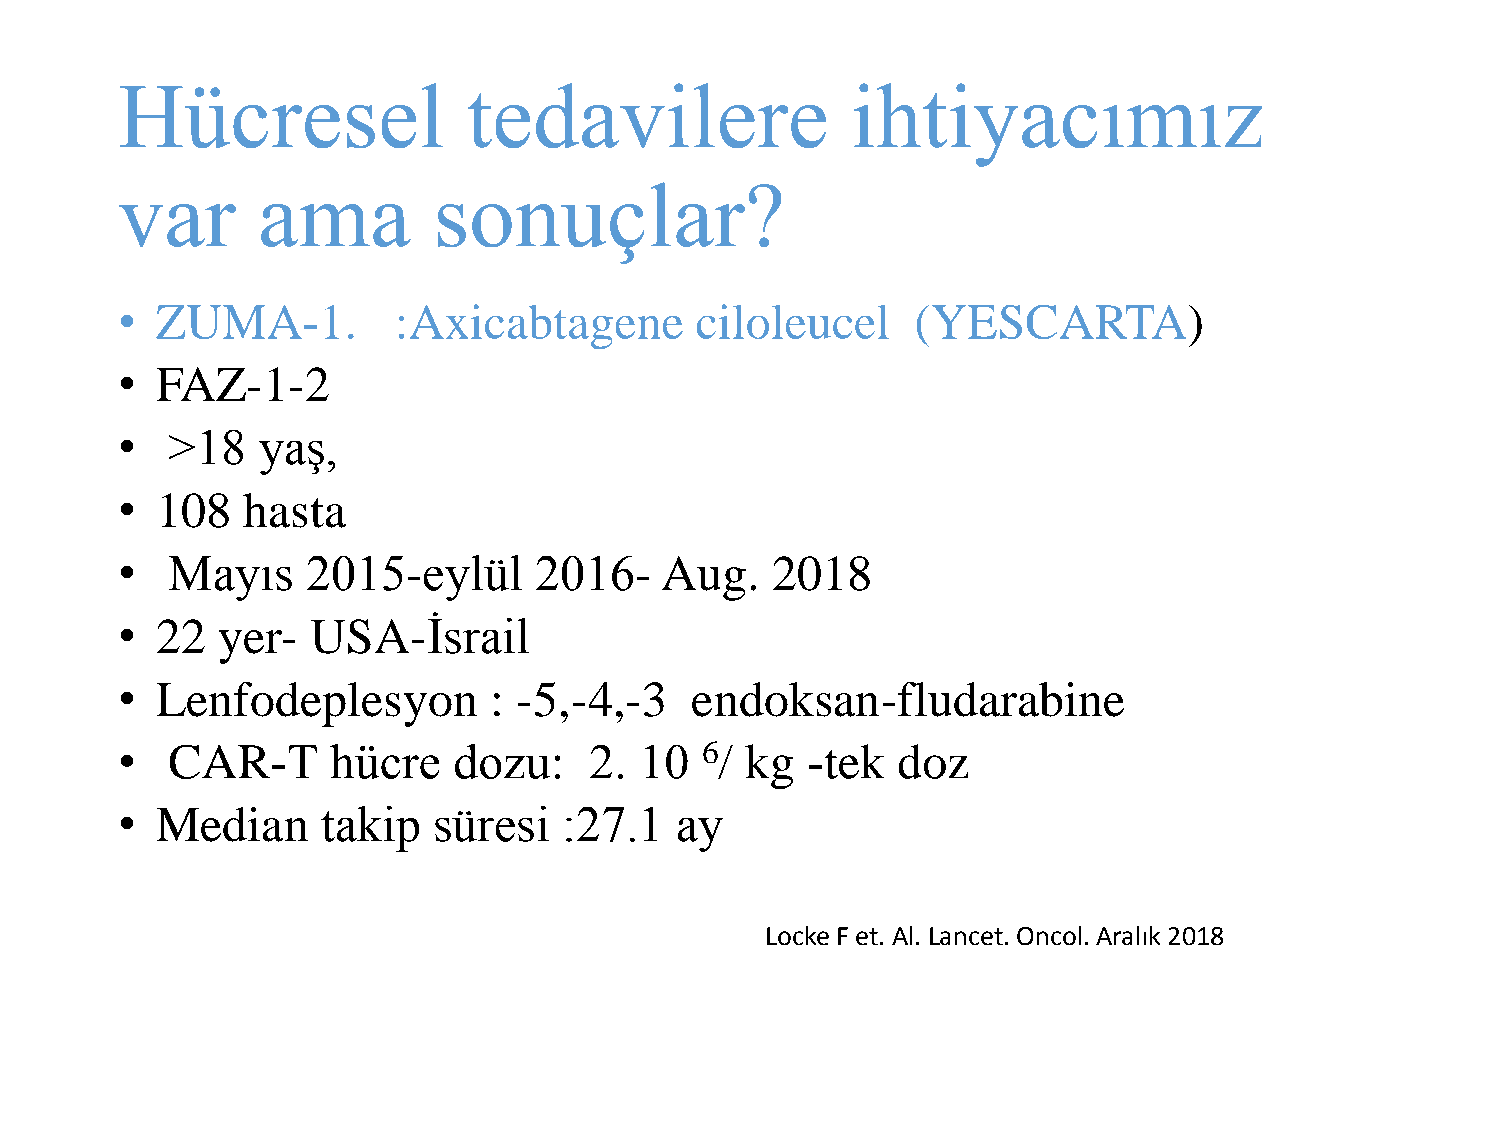
Hücresel               tedavilere               ihtiyacımız
 var      ama         sonuçlar?
 • ZUMA-1.         :Axicabtagene       ciloleucel     (YESCARTA)
 • FAZ-1-2
 •  >18   yaş,
 • 108   hasta
 •  Mayıs    2015-eylül     2016-    Aug.   2018
 • 22  yer-   USA-İsrail
 • Lenfodeplesyon        : -5,-4,-3    endoksan-fludarabine
 •  CAR-T      hücre   dozu:    2. 10  6/ kg  -tek  doz
 • Median     takip   süresi  :27.1   ay
 Locke F et. Al. Lancet. Oncol. Aralık 2018